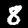
Digit: 8